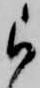
被